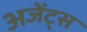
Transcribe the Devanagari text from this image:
अजेंट्स